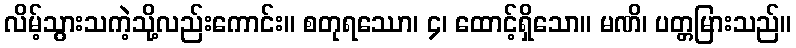
လိမ့်သွားသကဲ့သို့လည်းကောင်း။ စတုရဿော၊ ၄၊ ထောင့်ရှိသော။ မဏိ၊ ပတ္တမြားသည်။